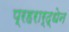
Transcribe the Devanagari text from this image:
प्रहरार्द्धेन